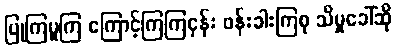
ပြုကြမူကြ ကြောင့်ကြကြငှန်း ဖန်းခါးကြစု သိမှုခေါ်ဆို